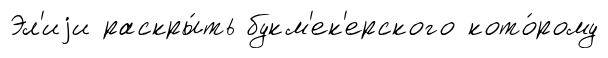
Эл'иjи раскры́ть букм'ек'ерского кото́рому